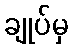
ချုပ်မှ